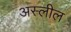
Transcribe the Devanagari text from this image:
अस्लील